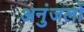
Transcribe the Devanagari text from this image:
अनुंजलों